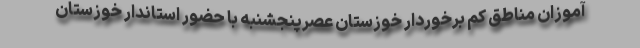
آموزان مناطق کم برخوردار خوزستان عصرپنجشنبه با حضور استاندار خوزستان